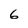
Character: 6